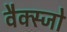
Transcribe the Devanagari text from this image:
वैक्स्जो